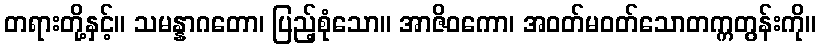
တရားတို့နှင့်။ သမန္နာဂတော၊ ပြည့်စုံသော။ အာဇိဝကော၊ အဝတ်မဝတ်သောတက္ကတွန်းကို။